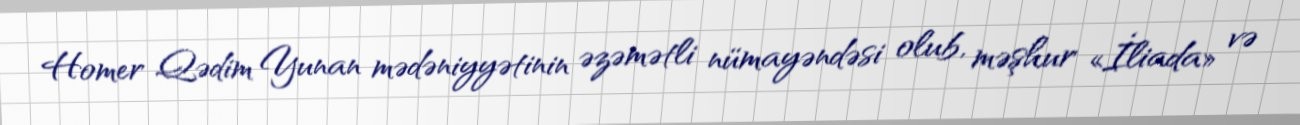
Homer Qədim Yunan mədəniyyətinin əzəmətli nümayəndəsi olub, məşhur «İliada» və